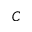
C